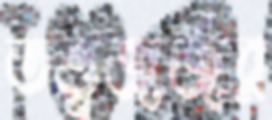
তত্ত্বজর্জর